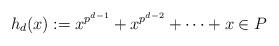
LaTeX: \begin{align*} h_d(x):=x^{p^{d-1}}+x^{p^{d-2}}+\cdots+x\in P\end{align*}